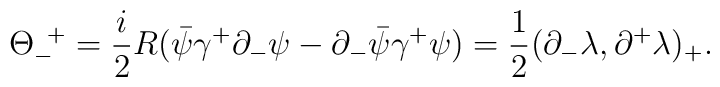
{\Theta}_-^{\;\;+}=\frac{i}{2}R(\bar{\psi}{\gamma}^+{\partial}_-{\psi}-{\partial}_-\bar{\psi}{\gamma}^+{\psi}) =\frac{1}{2}({\partial}_-{\lambda},{\partial}^+{\lambda})_+.